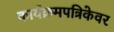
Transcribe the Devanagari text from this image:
कार्यक्रमपत्रिकेवर